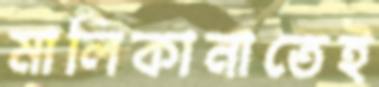
মালিকানাতেই